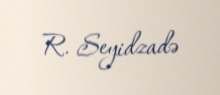
R. Seyidzadə